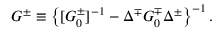
G ^ { \pm } \equiv \left\{ [ G _ { 0 } ^ { \pm } ] ^ { - 1 } - \Delta ^ { \mp } G _ { 0 } ^ { \mp } \Delta ^ { \pm } \right\} ^ { - 1 } .